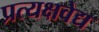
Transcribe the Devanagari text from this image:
प्रत्यक्षवेद्य